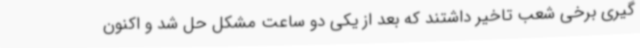
گیری برخی شعب تاخیر داشتند که بعد از یکی دو ساعت مشکل حل شد و اکنون